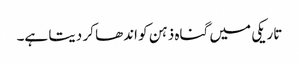
تاریکی میں گناہ ذہن کو اندھا کر دیتا ہے۔